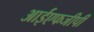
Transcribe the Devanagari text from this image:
आईएफजीपी